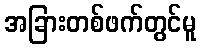
အခြားတစ်ဖက်တွင်မူ